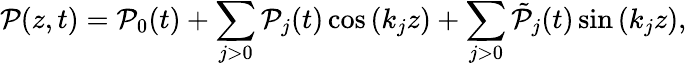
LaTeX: \mathcal{P}(z,t)=\mathcal{P}_{0}(t)+\sum_{j>0}\mathcal{P}_{j}(t)\cos\left(k_{j}z\right)+\sum_{j>0}\tilde{\mathcal{P}}_{j}(t)\sin\left(k_{j}z\right),